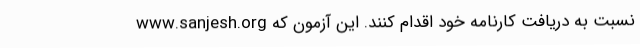
www.sanjesh.org نسبت به دریافت کارنامه خود اقدام کنند. این آزمون که